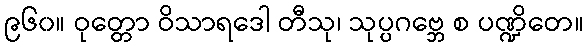
၉၆၀။ ဝုတ္တော ဝိသာရဒေါ တီသု၊ သုပ္ပဂဗ္ဘေ စ ပဏ္ဍိတေ။